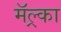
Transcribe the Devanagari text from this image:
मॅल्र्का